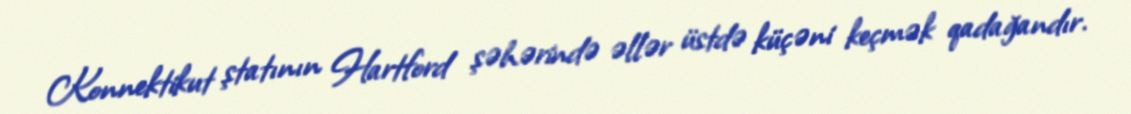
Konnektikut ştatının Hartford şəhərində əllər üstdə küçəni keçmək qadağandır.